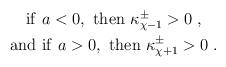
LaTeX: \begin{align*}\begin{gathered}{\rm if~} a < 0, {\rm ~then~} \kappa^{\pm}_{\chi-1} > 0 \;, \\{\rm and~if~} a > 0, {\rm ~then~} \kappa^{\pm}_{\chi+1} > 0 \;.\end{gathered}\end{align*}